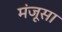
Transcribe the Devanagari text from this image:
मंजूसा